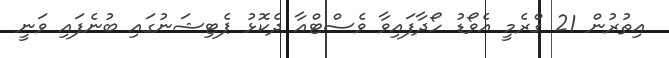
އިތުރުން 21 ގްރެމީ އެވޯޑު ހޯދާފައިވާ ވެސްޓްއާ ދެކޮޅު ޕެޓިޝަނުގައި ބުނެފައި ވަނީ